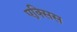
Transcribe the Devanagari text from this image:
एक्‍सिस